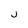
Character: J